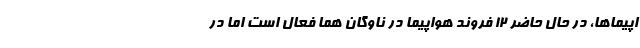
اپیماها، در حال حاضر ۱۲ فروند هواپیما در ناوگان هما فعال است اما در